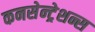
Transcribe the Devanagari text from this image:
कनसेन्ट्रेशन्स